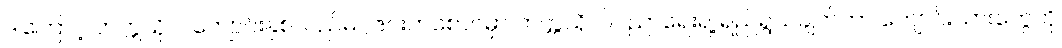
ဒါကြောင့် တက္ကသိုလ်ကျောင်းနှစ်လည်မဂ္ဂဇင်းတစောင်မှာ တက္ကသိုလ်ပညာရေးရဲ့ ရည်ရွယ်ချက်ဟာ ကျောင်းသားတွေကို